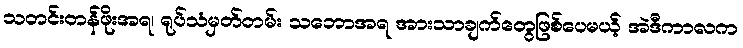
သတင်းတန်ဖိုးအရ၊ ရုပ်သံမှတ်တမ်း သဘောအရ အားသာချက်တွေဖြစ်ပေမယ့် အဲဒီကာလက